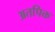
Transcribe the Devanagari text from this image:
अतपिक्त